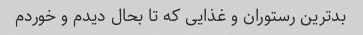
بدترین رستوران و غذایی که تا بحال دیدم و خوردم